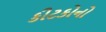
કીટકોનો